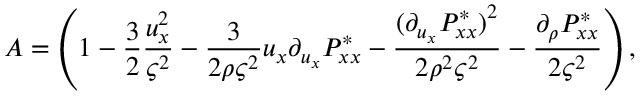
A = \left( 1 - \frac { 3 } { 2 } \frac { u _ { x } ^ { 2 } } { \varsigma ^ { 2 } } - \frac { 3 } { 2 \rho \varsigma ^ { 2 } } u _ { x } \partial _ { u _ { x } } P _ { x x } ^ { * } - \frac { { ( \partial _ { u _ { x } } P _ { x x } ^ { * } ) } ^ { 2 } } { 2 \rho ^ { 2 } \varsigma ^ { 2 } } - \frac { \partial _ { \rho } P _ { x x } ^ { * } } { 2 \varsigma ^ { 2 } } \right) ,